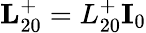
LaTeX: \textbf{L}_{20}^{+}=L_{20}^{+}\textbf{I}_{0}